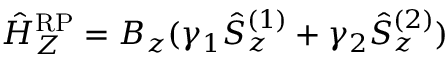
\hat { H } _ { Z } ^ { \mathrm { R P } } = B _ { z } ( \gamma _ { 1 } \hat { S } _ { z } ^ { ( 1 ) } + \gamma _ { 2 } \hat { S } _ { z } ^ { ( 2 ) } )